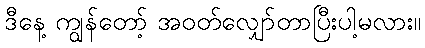
ဒီနေ့ ကျွန်တော့် အဝတ်လျှော်တာပြီးပါ့မလား။